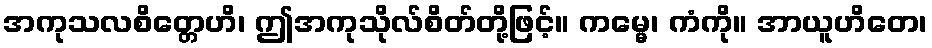
အကုသလစိတ္တေဟိ၊ ဤအကုသိုလ်စိတ်တို့ဖြင့်။ ကမ္မေ၊ ကံကို။ အာယူဟိတေ၊